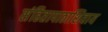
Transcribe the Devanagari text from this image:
संहितापाठाशिवाय